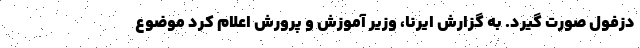
دزفول صورت گیرد. به گزارش ایرنا، وزیر آموزش و پرورش اعلام کرد موضوع